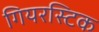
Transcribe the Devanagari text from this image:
गियरस्टिक